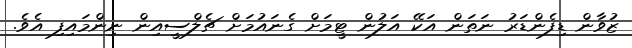
ޒުވާން ޑިފެންޑަރު ނަތަން އަކޭ އަލުން ޓީމަށް ގެނައުމަށް ޗެލްސީއިން ނިންމައިފި އެވެ.